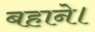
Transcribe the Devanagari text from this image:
बहाने।